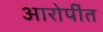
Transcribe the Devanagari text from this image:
आरोपींत